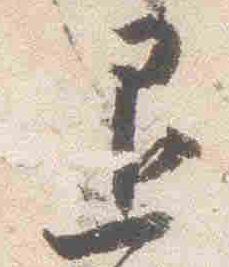
退